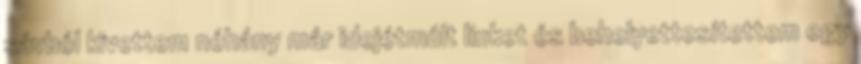
sávból kivettem néhány már idejétmúlt linket és behelyettesítettem egy